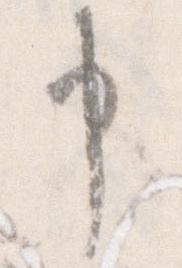
申